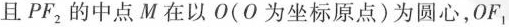
且PF_{2}的中点M在以O(О为坐标原点)为圆心，OF1